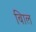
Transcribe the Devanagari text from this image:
बािल